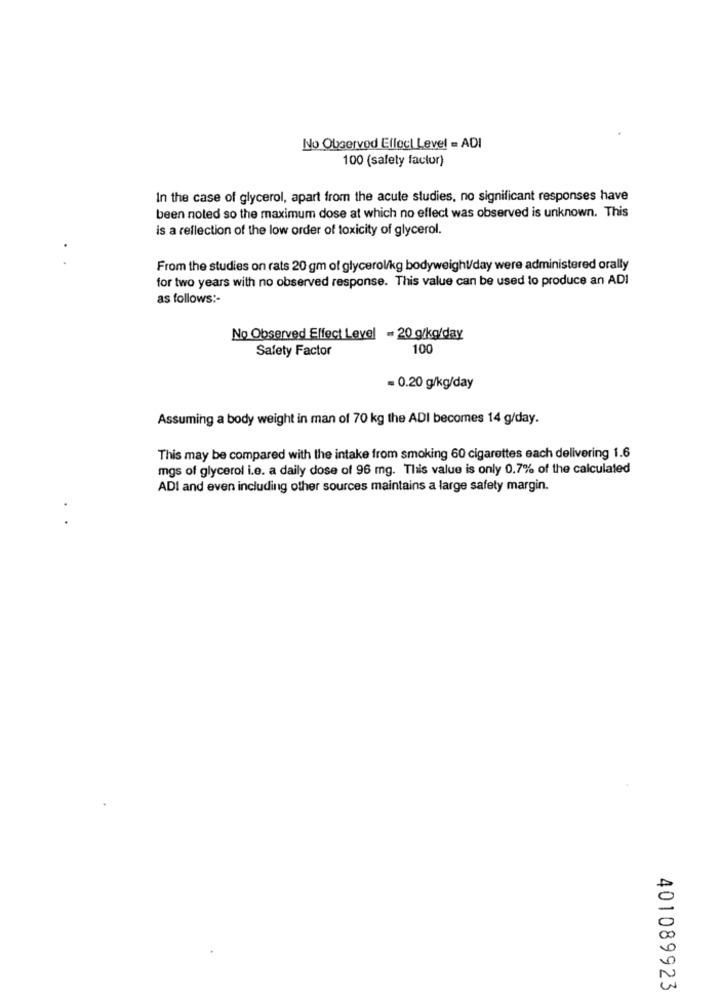
No Observed Effect Level = ADI
100 (safety factor)
In the case of glycerol, apart from the acute studies, no significant responses have
been noted so the maximum dose at which no effect was observed is unknown. This
is a reflection of the low order of toxicity of glycerol.
From the studies on rats 20 gm of glycerol/kg bodyweight/day were administered orally
for two years with no observed response. This value can be used to produce an ADI
as follows :-
No Observed Effect Level - 20 g/kg/day
Safety Factor
100
= 0.20 g/kg/day
Assuming a body weight in man of 70 kg the ADI becomes 14 g/day.
This may be compared with the intake from smoking 60 cigarettes each delivering 1.6
mgs of glycerol i.e. a daily dose of 96 mg. This value is only 0.7% of the calculated
ADI and even including other sources maintains a large safety margin.
401089923